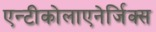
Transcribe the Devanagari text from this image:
एन्टीकोलाएनेर्जिक्स